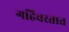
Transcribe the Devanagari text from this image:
गहिवरतात